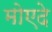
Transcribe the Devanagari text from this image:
मोएदे